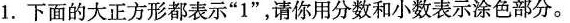
1.下面的大正方形都表示”1”，请你用分数和小数表示涂色部分。